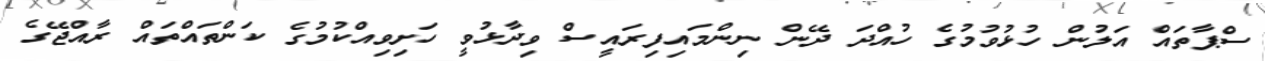
ސްޕާތައް އަލުން ހުޅުވުމުގެ ހުއްދަ ދޭން ނިންމައިފިރައީސް ވިދާޅުވީ ހަށިވިއްކުމުގެ ކަންތައްތައް ރާއްޖޭގެ